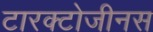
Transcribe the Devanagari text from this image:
टारक्टोजीनस